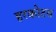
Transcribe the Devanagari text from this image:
हरकोटस